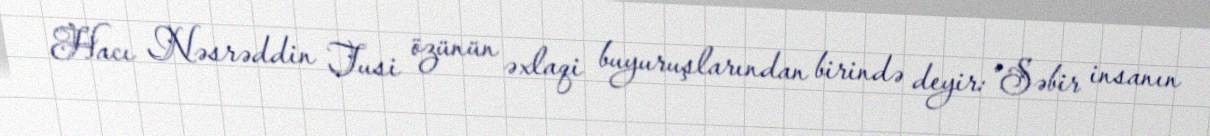
Hacı Nəsrəddin Tusi özünün əxlaqi buyuruşlarından birində deyir: “Səbir insanın